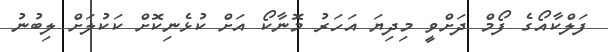
ފަލްކާއޯގެ ފޯމް ދަށްވީ މިދިޔަ އަހަރު މޮނާކޯ އަށް ކުޅެނިކޮށް ކަކުލަށް ލިބުނު